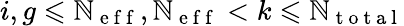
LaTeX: i,g\leqslant\mathbb{N}_{\mathrm{{~e~f~f~}}},\mathbb{N}_{\mathrm{{~e~f~f~}}}<k\leqslant\mathbb{N}_{\mathrm{{~t~o~t~a~l~}}}